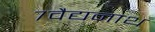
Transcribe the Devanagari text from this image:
७वैद्यनाथ